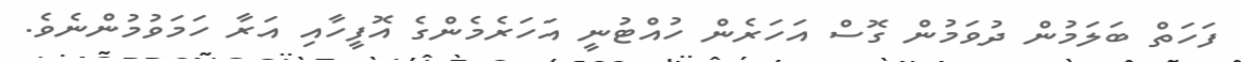
ފަހަތް ބަލަމުން ދުވަމުން ގޮސް އަހަރެން ހުއްޓުނީ އަހަރެމެންގެ އޮފީހާއި އަރާ ހަމަވުމުންނެވެ.